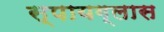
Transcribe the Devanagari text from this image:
स्पायग्लास